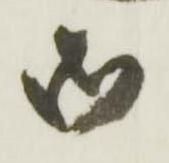
御